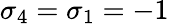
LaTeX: \sigma_{4}=\sigma_{1}=-1